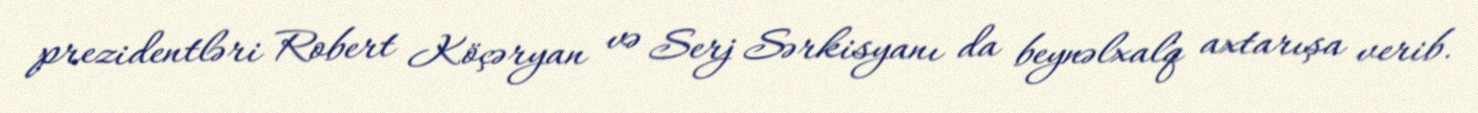
prezidentləri Robert Köçəryan və Serj Sərkisyanı da beynəlxalq axtarışa verib.